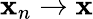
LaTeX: \mathbf{x}_{n}\rightarrow\mathbf{x}